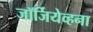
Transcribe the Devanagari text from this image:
जॉर्जियेव्हना